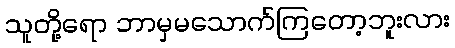
သူတို့ရော ဘာမှမသောက်ကြတော့ဘူးလား